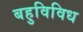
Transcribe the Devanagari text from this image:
बहुविविध